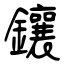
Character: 鑲